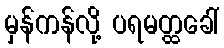
မှန်ကန်လို့ ပရမတ္ထခေါ်